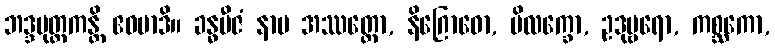
ဘဒ္ဒမုတ္တကန္တိ ဧဝမာဒိ။ ခန္ဓဗီဇံ နာမ အဿတ္ထော, နိဂြောဓော, ပိလက္ခော, ဥဒုမ္ဗရော, ကစ္ဆကော,